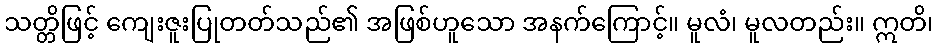
သတ္တိဖြင့် ကျေးဇူးပြုတတ်သည်၏ အဖြစ်ဟူသော အနက်ကြောင့်။ မူလံ၊ မူလတည်း။ ဣတိ၊